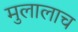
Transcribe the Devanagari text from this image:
मुलालाच